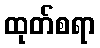
ထုတ်စရာ